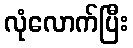
လုံလောက်ပြီး